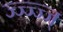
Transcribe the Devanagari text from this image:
ज्ज्ज्ज्ज्